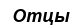
Отцы